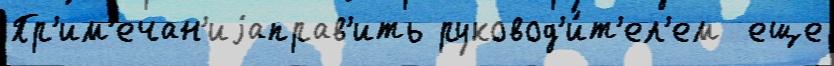
Пр'им'ечан'иjаправ'ить руковод'и́т'ел'ем  еще